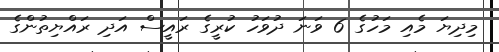
މިދިޔަ މެއި މަހުގެ 6 ވަނަ ދުވަހު ކުރީގެ ރައީސް އަދި ރައްޔިތުންގެ